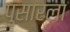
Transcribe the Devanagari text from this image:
पुसारला